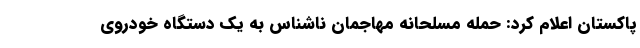
پاکستان اعلام کرد: حمله مسلحانه مهاجمان ناشناس به یک دستگاه خودروی